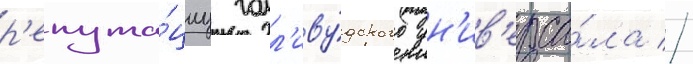
р'епута́циу голл'иву́дского ун'ив'ерса́ла //